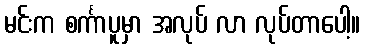
မင်းက စင်္ကာပူမှာ အလုပ် လာ လုပ်တာပေါ့။